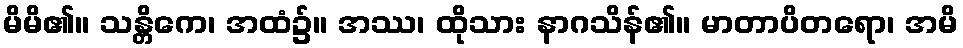
မိမိ၏။ သန္တိကေ၊ အထံ၌။ အဿ၊ ထိုသား နာဂသိန်၏။ မာတာပိတရော၊ အမိ